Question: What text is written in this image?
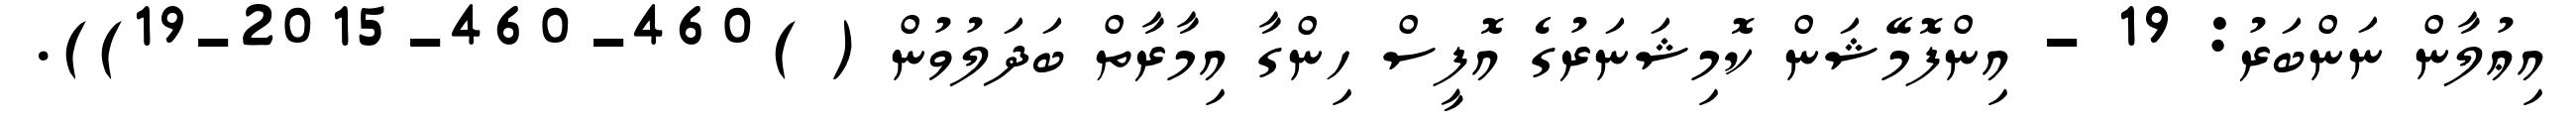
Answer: އިޢުލާން ނަންބަރު: 19 - އިންފޮމޭޝަން ކޮމިޝަނަރުގެ އޮފީސް ހިންގާ އިމާރާތް ބަދަލުވުން ( )460-460-2015-19)).